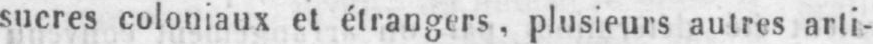
sucres coloniaux et étrangers, plusieurs autres arti-